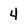
Character: 4